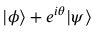
| \phi \rangle + e ^ { i \theta } | \psi \rangle